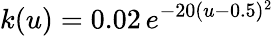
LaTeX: k(u)=0.02\, e^{-20(u-0.5)^{2}}